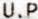
U.P